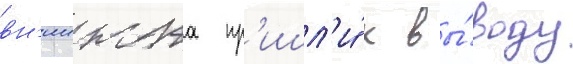
вн'иижта пр'ишл'и́ к вы́воду